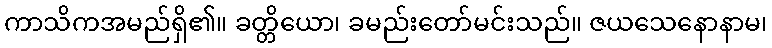
ကာသိကအမည်ရှိ၏။ ခတ္တိယော၊ ခမည်းတော်မင်းသည်။ ဇယသေနောနာမ၊